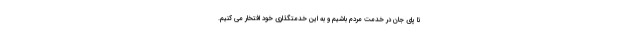
تا پای جان در خدمت مردم باشیم و به این خدمتگذاری خود افتخار می کنیم.